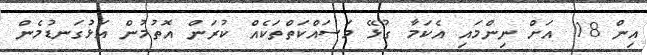
އިން 18 އަށް ނިންމައި އެކަމާ ގުޅޭ މަސައްކަތްތަކެއް ކުރަން އޮތުމުން އަޅުގަނޑުމެން